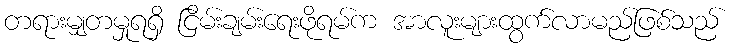
တရားမျှတမှုရရှိ ငြိမ်းချမ်းရေးဖိုရမ်က အာလူးများထွက်လာမည်ဖြစ်သည်